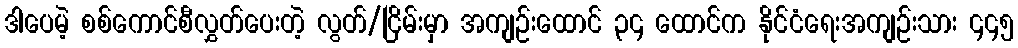
ဒါပေမဲ့ စစ်ကောင်စီလွှတ်ပေးတဲ့ လွတ်/ငြိမ်းမှာ အကျဉ်းထောင် ၃၄ ထောင်က နိုင်ငံရေးအကျဉ်းသား ၄၄၅